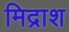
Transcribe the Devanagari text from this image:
मिद्राश